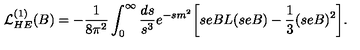
{ \cal L } _ { H E } ^ { ( 1 ) } ( B ) = - { \frac { 1 } { 8 \pi ^ { 2 } } } \int _ { 0 } ^ { \infty } { \frac { d s } { s ^ { 3 } } } e ^ { - s m ^ { 2 } } \biggl [ s e B L ( s e B ) - { \frac { 1 } { 3 } } ( s e B ) ^ { 2 } \biggr ] .